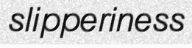
slipperiness